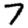
Digit: 7